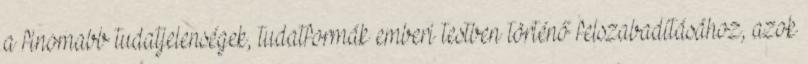
a finomabb tudatjelenségek, tudatformák emberi testben történő felszabadításához, azok